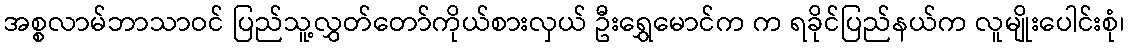
အစ္စလာမ်ဘာသာဝင် ပြည်သူ့လွှတ်တော်ကိုယ်စားလှယ် ဦးရွှေမောင်က က ရခိုင်ပြည်နယ်က လူမျိုးပေါင်းစုံ၊